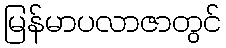
မြန်မာပလာဇာတွင်